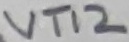
Text: VT12